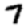
Digit: 7